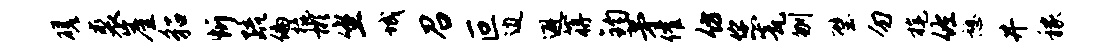
磋裘崖貂忻疏偏橇彬坐城召叵边避蒋钧茅催仿您瓮刎璧勿旄佐憩井稼